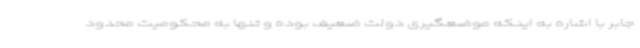
جابر با اشاره به اینکه موضعگیری دولت ضعیف بوده و تنها به محکومیت محدود